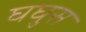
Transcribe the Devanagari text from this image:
घघुस